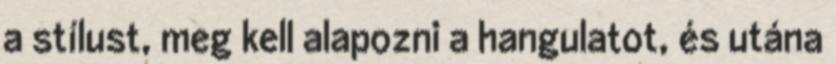
a stílust, meg kell alapozni a hangulatot, és utána